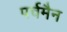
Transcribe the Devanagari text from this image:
पर्चमैन